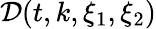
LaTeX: \mathcal{D}(t,k,\xi_{1},\xi_{2})